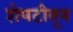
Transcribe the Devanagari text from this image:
शेपटीतून